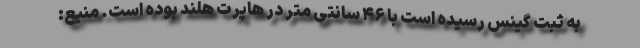
به ثبت گینس رسیده است با ۴۶ سانتی متر در هاپرت هلند بوده است. منیع: